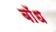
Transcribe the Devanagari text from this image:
बाॅध